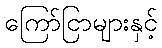
ကြော်ငြာများနှင့်